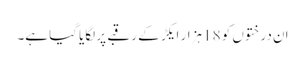
ان درختوں کو 18 ہزار ایکڑ کے رقبے پر لگایا گیا ہے۔